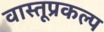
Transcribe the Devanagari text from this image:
वास्तूप्रकल्प